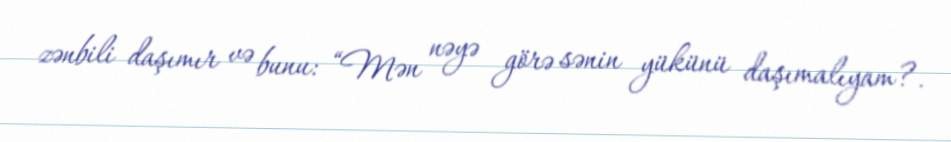
zənbili daşımır və bunu: “Mən nəyə görə sənin yükünü daşımalıyam?.